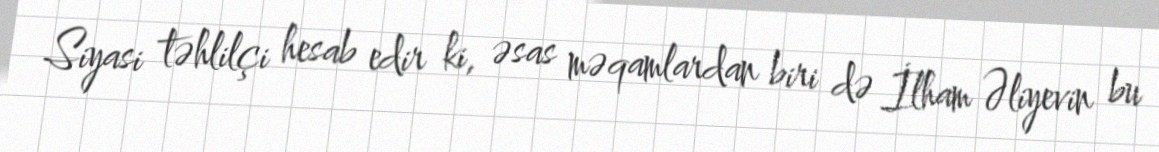
Siyasi təhlilçi hesab edir ki, əsas məqamlardan biri də İlham Əliyevin bu